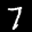
Label: 7